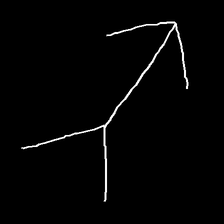
Glyph: gather